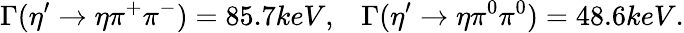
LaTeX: \Gamma(\eta^{\prime}\rightarrow\eta\pi^{+}\pi^{-})=85.7keV,\; \; \; \Gamma(\eta^{\prime}\rightarrow\eta\pi^{0}\pi^{0})=48.6keV.